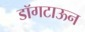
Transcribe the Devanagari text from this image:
डॉगटाऊन